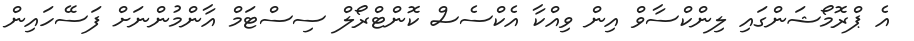
އެ ޕްރޮމޯޝަންގައި ލިންކްސާވް އިން ވިއްކާ އެކްސެސް ކޮންޓްރޯލް ސިސްޓަމް އާންމުންނަށް ފަސޭހައިން